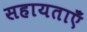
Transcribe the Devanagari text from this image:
सहायताएँ